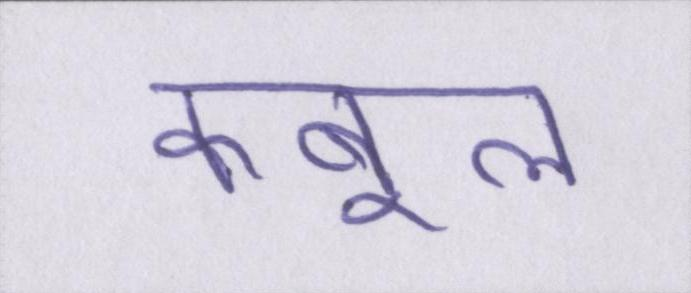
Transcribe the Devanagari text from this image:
कबूल